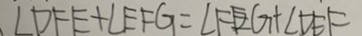
\angle D F E = \angle E F G + \angle F E G + \angle D E F